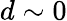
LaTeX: d\sim 0